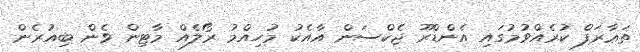
ތަޢާރަފް ކުރެއްވުމުގައި އެންޑްރޫ ޖެކްސަން އާއެކު މުހިއްމު ރޯލެއް މާޓިން ވެން ބިއުރެން